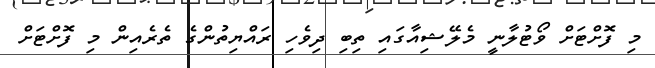
މި ފޮށްޓަށް ވޯޓުލާނީ މެލޭޝިއާގައި ތިބި ދިވެހި ރައްޔިތުންގެ ތެރެއިން މި ފޮށްޓަށް